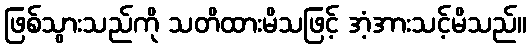
ဖြစ်သွားသည်ကို သတိထားမိသဖြင့် အံ့အားသင့်မိသည်။